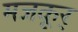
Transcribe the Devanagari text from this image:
मजकूर्